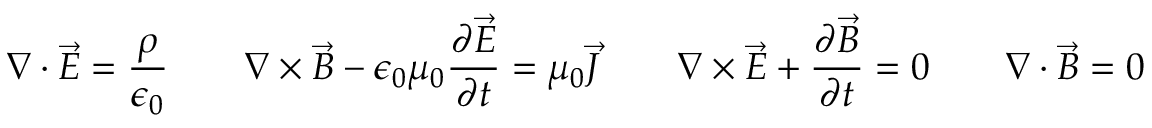
\nabla \cdot { \vec { E } } = { \frac { \rho } { \epsilon _ { 0 } } } \qquad \nabla \times { \vec { B } } - \epsilon _ { 0 } \mu _ { 0 } { \frac { \partial { \vec { E } } } { \partial t } } = \mu _ { 0 } { \vec { J } } \qquad \nabla \times { \vec { E } } + { \frac { \partial { \vec { B } } } { \partial t } } = 0 \qquad \nabla \cdot { \vec { B } } = 0